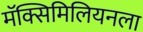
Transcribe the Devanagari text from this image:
मॅक्सिमिलियनला